Calcutta medical institutions reports 1879-81 [i.e.91]
Year: 1879
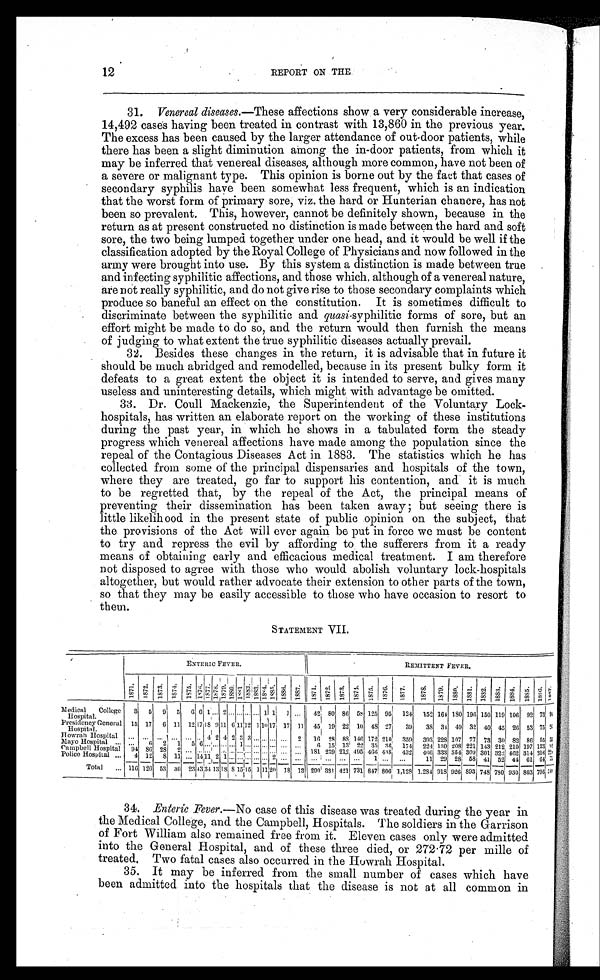
12
REPORT ON THE
3 1 .
V e n e r e a l d i s e a s e s .
— T h e s e a f f e c t i o n s s h o w a v e r y c o n s i d e r a b l e i n c r e a s e ,
14,492 cases having been treated in contrast with 13,860 in the previous year.
The excess has been caused by the larger attendance of out-door patients, while
there has been a slight diminution among the in-door patients, from which it
may be inferred that venereal diseases, although more common, have not been of
a severe or malignant type. This opinion is borne out by the fact that cases of
secondary syphilis have been somewhat less frequent, which is an indication
that the worst form of primary sore, viz. the hard or Hunterian chancre, has not
been so prevalent. This, however, cannot be definitely shown, because in the
return as at present constructed no distinction is made between the hard and soft
sore, the two being lumped together under one head, and it would be well if the
classification adopted by the Royal College of Physicians and now followed in the
army were brought into use. By this system a distinction is made between true
and infecting syphilitic affections, and those which, although of a venereal nature,
are not really syphilitic, and do not give rise to those secondary complaints which
produce so baneful an effect on the constitution. It is sometimes difficult to
discriminate between the syphilitic and quasi-syphilitic forms of sore, but an
effort might be made to do so, and the return would then furnish the means
of judging to what extent the true syphilitic diseases actually prevail.
3 2 . B e s i d e s t h e s e c h a n g e s i n t h e r e t u r n , i t i s a d v i s a b l e t h a t i n f u t u r e i t
should be much abridged and remodelled, because in its present bulky form it
defeats to a great extent the object it is intended to serve, and gives many
useless and uninteresting details, which might with advantage be omitted.
33. Dr. Coull Mackenzie, the Superintendent of the Voluntary Lock-
hospitals, has written an elaborate report on the working of these institutions
during the past year, in which he shows in a tabulated form the steady
progress which venereal affections have made among the population since the
repeal of the Contagious Diseases Act in 1883. The statistics which he has
collected from some of the principal dispensaries and hospitals of the town,
where they are treated, go far to support his contention, and it is much
to be regretted that, by the repeal of the Act, the principal means of
preventing their dissemination has been taken away ; but seeing there is
little likelihood in the present state of public opinion on the subject, that
the provisions of the Act will ever again be put in force we must be content
to try and repress the evil by affording to the sufferers from it a ready
means of obtaining early and efficacious medical treatment. I am therefore
not disposed to agree with those who would abolish voluntary lock-hospitals
altogether, but would rather advocate their extension to other parts of the town,
so that they may be easily accessible to those who have occasion to resort to
them.
STATEMENT VII.
ENTERIC FEVER.
REMITTENT FEVER.
1 8 7 1 . 1 8 7 2 . 1 8 7 3 . 1 8 7 4 . 1 8 7 5 . 1 8 7 6 . 1 8 7 7 . 1 8 7 8 .
1 8 7 9 . 1 8 8 0 . 1 8 8 1 .
1 8 8 2 . 1 8 8 3 . 1 8 8 4 . 1 8 8 5 . 1 8 8 6 . 1 8 8 7 . 1 8 7 1 . 1 8 7 2 . 1 8 7 3 . 1 8 7 4 . 1 8 7 5 . 1 8 7 6 .
1 8 7 7 .
1 8 7 8 .
1 8 7 9 . 1 8 8 0 . 1 8 8 1 . 1 8 8 2 . 1 8 8 3 . 1 8 8 4 . 1 8 8 5 . 1 8 8 6 .
Medical College
Hospital.
3 5 9 5 6 6 1 ... 2 . . . ... ... ... 1 1 1 . . . 42 80 86 58 125 95 124 152 164 180 196 150 119 106 92 73 94
Presidency General
Hospital.
15 17 6 11 12 17 18 9 11 6 11 12 1 1017 17 11 45 19 22 10 48 27 39 38 34 49 32 40 45 26 53 75 9 5
Howrah Hospital ... ... ... ... ... .. 4 2 4 2 3 3 ... .. . . .
... 2 16 28 88 146 172 210i 359 393 228 107 77 73 30 82 86 55 3 3
Mayo Hospital ... ...
6 2 1 5 6 . . .
....... ... ... 1 ...
. . . . . .
..
...
. . .
6 15 13 22 35 36 174 224 130 208 221 143 212 210 197 123 9 4
rampbell Hospital 94 86 28 2 ... . . .
. . ..
. .
. . .
181 239 212 405 466 438 432 466 333 354 309 301 322 462 314 316 2 2
Police Hospital ... 4 12 8 11 ... 14 11 2 1 . . . . . . . . .
.... . . . . . . . . .
...
. . . ... . . . . . . . . . 1 ... ...
11 29 28 58 41 52 44 61 64 7 3
Total ... 116 126 53 30 23 43,34 13 18 8 15
1 5 11 20 18 13 290 381 421 731 847 806: 1,128 1.284 918 926 8931 748 780 930 803 706154
5 4 9
3 4 .
E n t e r i c F e v e r .
— N o c a s e o f t h i s d i s e a s e w a s t r e a t e d d u r i n g t h e y e a r i n
the Medical College, and the Campbell, Hospitals. The soldiers in the Garrison
of Fort William also remained free from it. Eleven cases only were admitted
into the General Hospital, and of these three died, or 272.72 per mille of
treated. Two fatal cases also occurred in the Howrah Hospital.
3 5 . I t m a y b e i n f e r r e d f r o m t h e s m a l l n u m b e r o f c a s e s w h i c h h a v e
been admitted into the hospitals that the disease is not at all common in